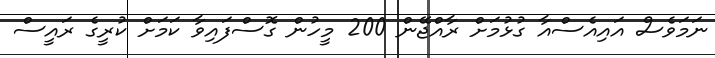
ނަމަވެސް އައިއެސްއާ ގުޅުމަށް ރާއްޖޭން 200 މީހުން ގޮސްފައިވާ ކަމަށް ކުރީގެ ރައީސް